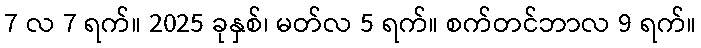
7 လ 7 ရက်။ 2025 ခုနှစ်၊ မတ်လ 5 ရက်။ စက်တင်ဘာလ 9 ရက်။